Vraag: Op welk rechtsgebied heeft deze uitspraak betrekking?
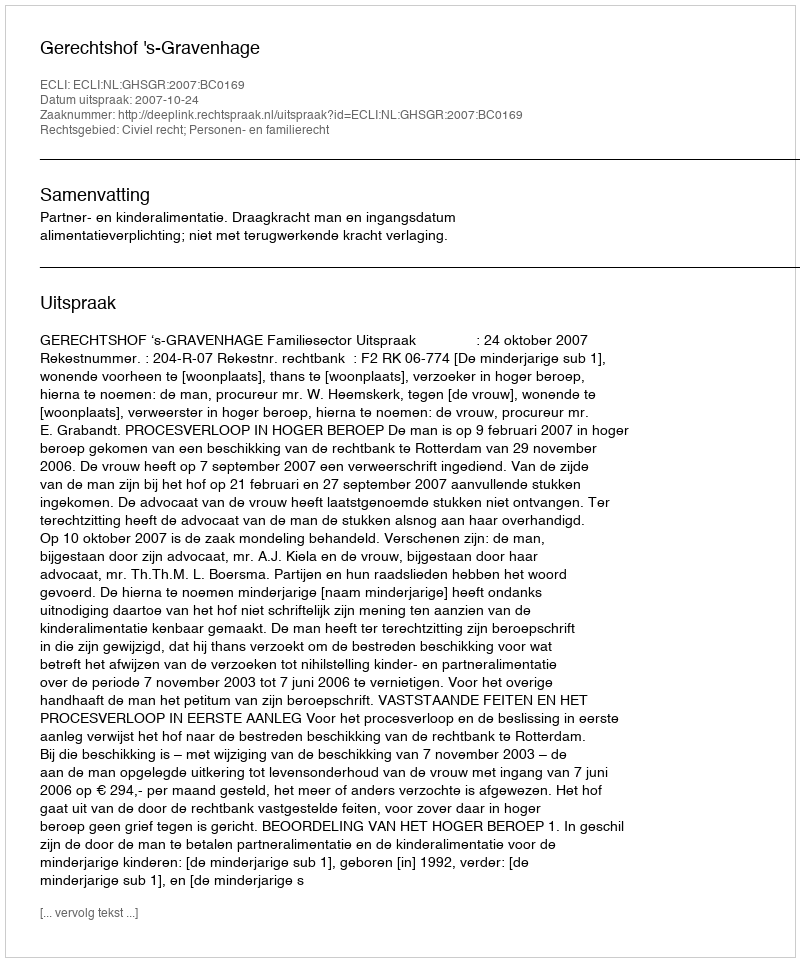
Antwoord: Civiel recht; Personen- en familierecht